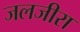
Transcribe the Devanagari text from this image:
जलजीरा